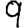
Digit: 9